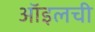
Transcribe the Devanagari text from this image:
ऑइलची